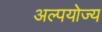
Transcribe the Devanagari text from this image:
अल्पयोज्य